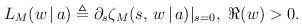
LaTeX: \begin{align*}L_M(w\,|\,a) \triangleq \partial_s \zeta_M(s, \,w\,|\,a)|_{s=0}, \,\,\Re(w)>0.\end{align*}